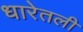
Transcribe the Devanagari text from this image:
धारेतली